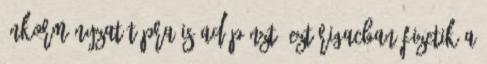
önkormányzat tápra is ad pénzt, ezt rigacban fizetik a